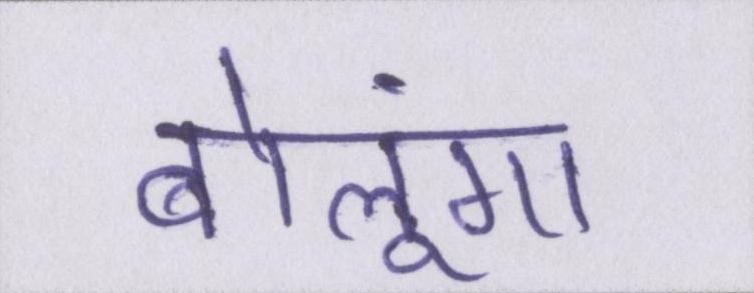
बोलूंगा